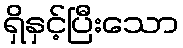
ရှိနှင့်ပြီးသော